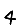
Digit: 4